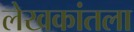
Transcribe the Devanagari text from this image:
लेखकांतला